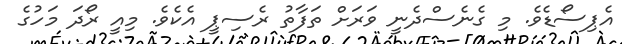
އެޕިސޯޑެވެ. މި ގެނެސްދެނީ ވަރަށް ތަފާތު ރެސިޕީ އެކެވެ. މިއީ ރޯދަަ މަަހުގެ